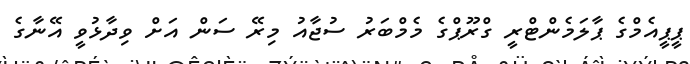
ޕީޕީއެމްގެ ޕާލަމެންޓްރީ ގްރޫޕްގެ މެމްބަރު ސުޖާއު މިރޭ ސަން އަށް ވިދާޅުވީ އޭނާގެ